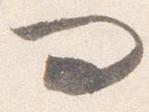
問